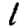
Digit: 1